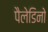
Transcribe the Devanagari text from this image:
पैलेडिनो